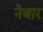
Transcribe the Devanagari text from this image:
नेबार